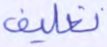
تغليف